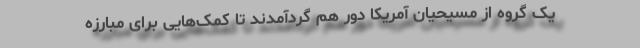
یک گروه از مسیحیان آمریکا دور هم گردآمدند تا کمک‌هایی برای مبارزه